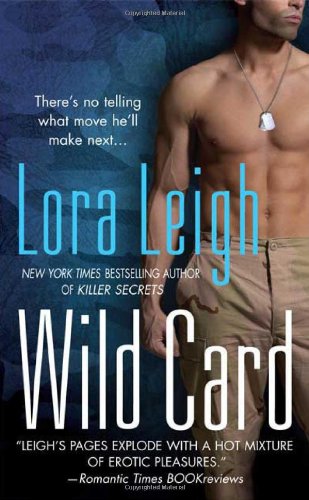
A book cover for Wild Card (Elite Ops, Book 1); Lora Leigh; Romance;